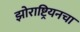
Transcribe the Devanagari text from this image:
झोराष्ट्रियनचा